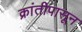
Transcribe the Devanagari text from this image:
क्रांतीपासून